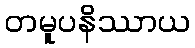
တမူပနိဿာယ